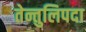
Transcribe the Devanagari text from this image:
तेन्तुलिपदा